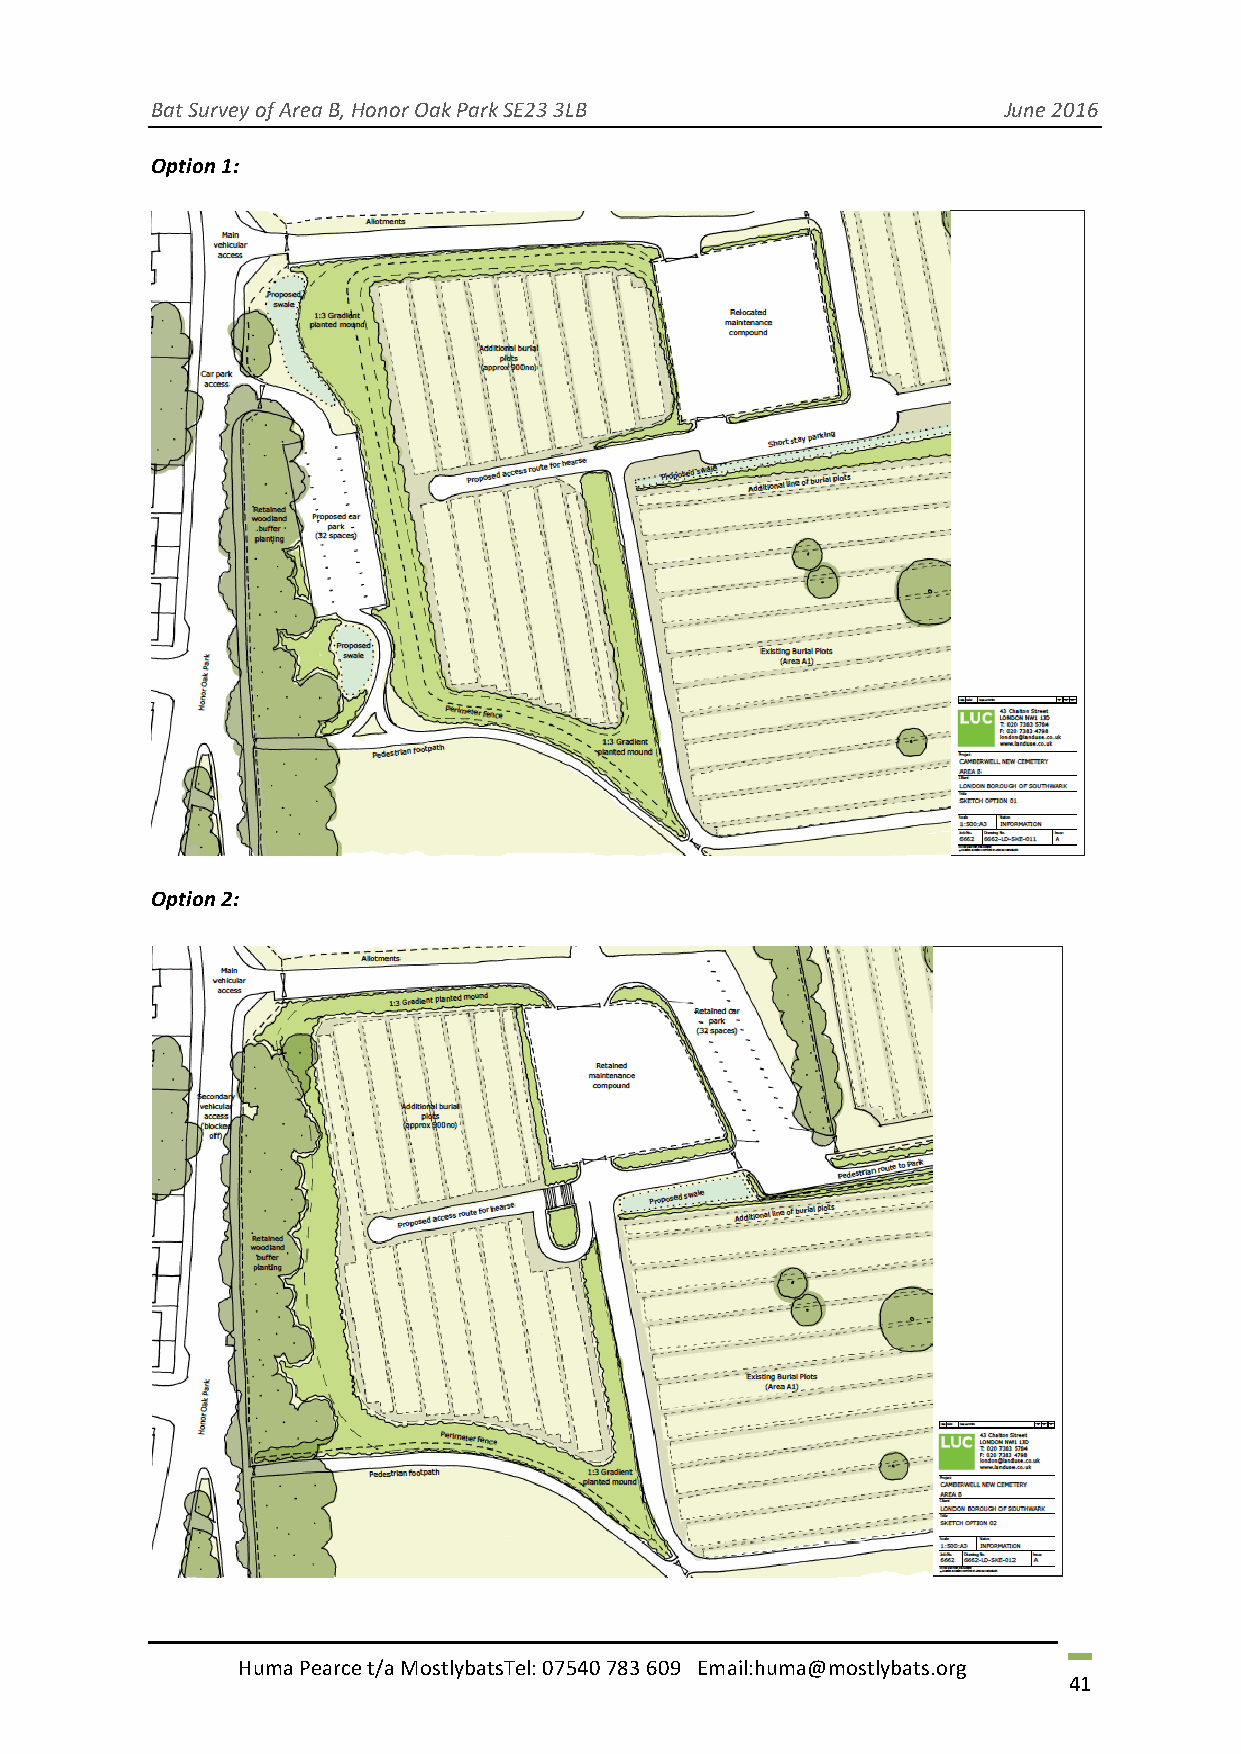
Bat Survey of Area B, Honor Oak Park SE23 3LB            June 2016
 Option 1:
 Option 2:
 Huma Pearce t/a MostlybatsTel: 07540 783 609 Email:huma@mostlybats.org
 41